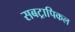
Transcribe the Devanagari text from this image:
सबट्रापिकल